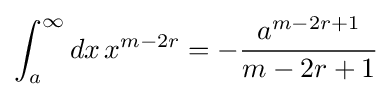
\int _{a}^{\infty }dx\,x^{m-2r}=-{\frac {a^{m-2r+1}}{m-2r+1}}